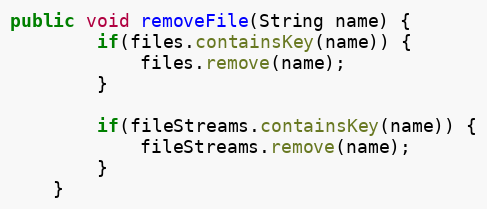
Language: Java
public void removeFile(String name) {
        if(files.containsKey(name)) {
            files.remove(name);
        }

        if(fileStreams.containsKey(name)) {
            fileStreams.remove(name);
        }
    }